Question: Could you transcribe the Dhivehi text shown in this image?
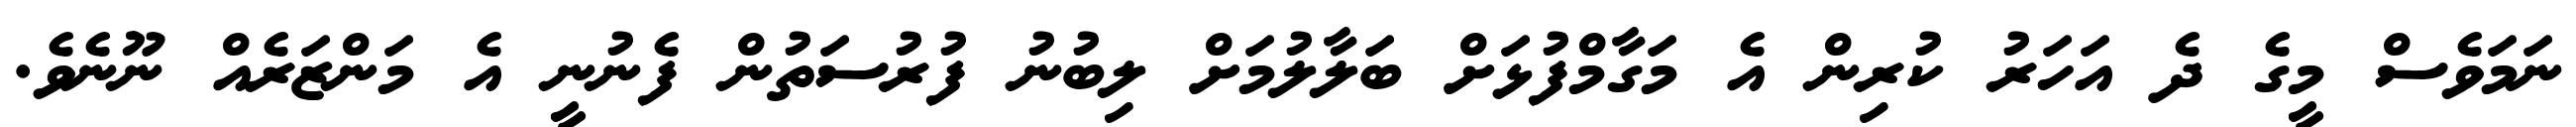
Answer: ނަމަވެސް މީގެ ދެ އަހަރު ކުރިން އެ މަގާމްފުޅަށް ބަލާލުމަށް ލިބުނު ފުރުސަތުން ފެނުނީ އެ މަންޒަރެއް ނޫނެވެ.